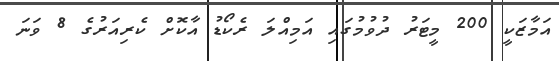
އަމާޒަކީ 200 މީޓަރު ދުވުމުގައި އަމިއްލަ ރެކޯޑު އާކޮށް ކެރިއަރުގެ 8 ވަނަ